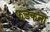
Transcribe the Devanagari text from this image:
फड़कना